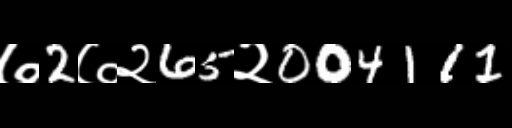
Text: ७2७२65२004111